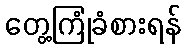
တွေ့ကြုံခံစားရန်